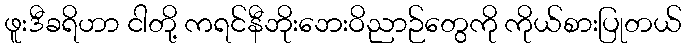
ဖူးဒီခရိဟာ ငါတို့ ကရင်နီဘိုးဘေးဝိညာဉ်တွေကို ကိုယ်စားပြုတယ်